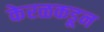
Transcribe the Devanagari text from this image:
केरळकडून